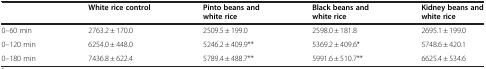
|  | White rice control | Pinto beans and white rice | Black beans and white rice | Kidney beans and white rice |
 | --- | --- | --- | --- | --- |
 | 0–60 min | 2763.2 ± 170.0 | 2509.5 ± 199.0 | 2598.0 ± 181.8 | 2695.1 ± 199.0 |
 | 0–120 min | 6254.0 ± 448.0 | 5246.2 ± 409.9** | 5369.2 ± 409.6* | 5748.6 ± 420.1 |
 | 0–180 min | 7436.8 ± 622.4 | 5789.4 ± 488.7** | 5991.6 ± 510.7** | 6625.4 ± 534.6 |